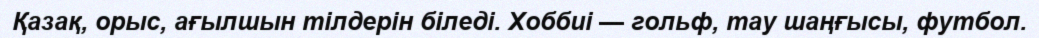
Қазақ, орыс, ағылшын тілдерін біледі. Хоббиі — гольф, тау шаңғысы, футбол.